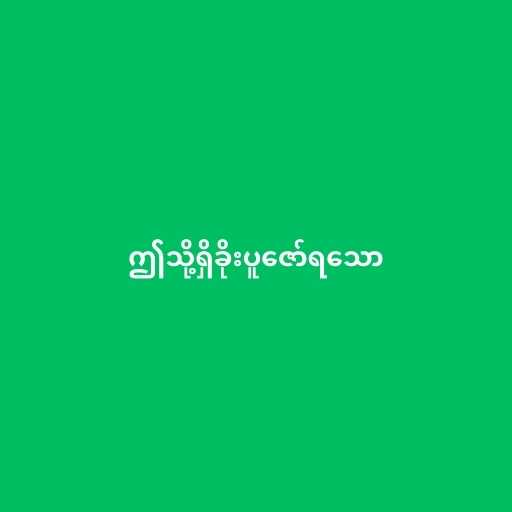
ဤသို့ရှိခိုးပူဇော်ရသော